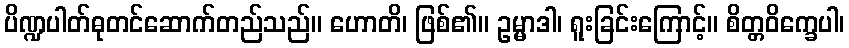
ပိဏ္ဍပါတ်ဓုတင်ဆောက်တည်သည်။ ဟောတိ၊ ဖြစ်၏။ ဥမ္မာဒါ၊ ရူးခြင်းကြောင့်။ စိတ္တဝိက္ခေပါ၊